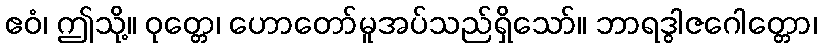
ဧဝံ၊ ဤသို့။ ဝုတ္တေ၊ ဟောတော်မူအပ်သည်ရှိသော်။ ဘာရဒွါဇဂေါတ္တော၊